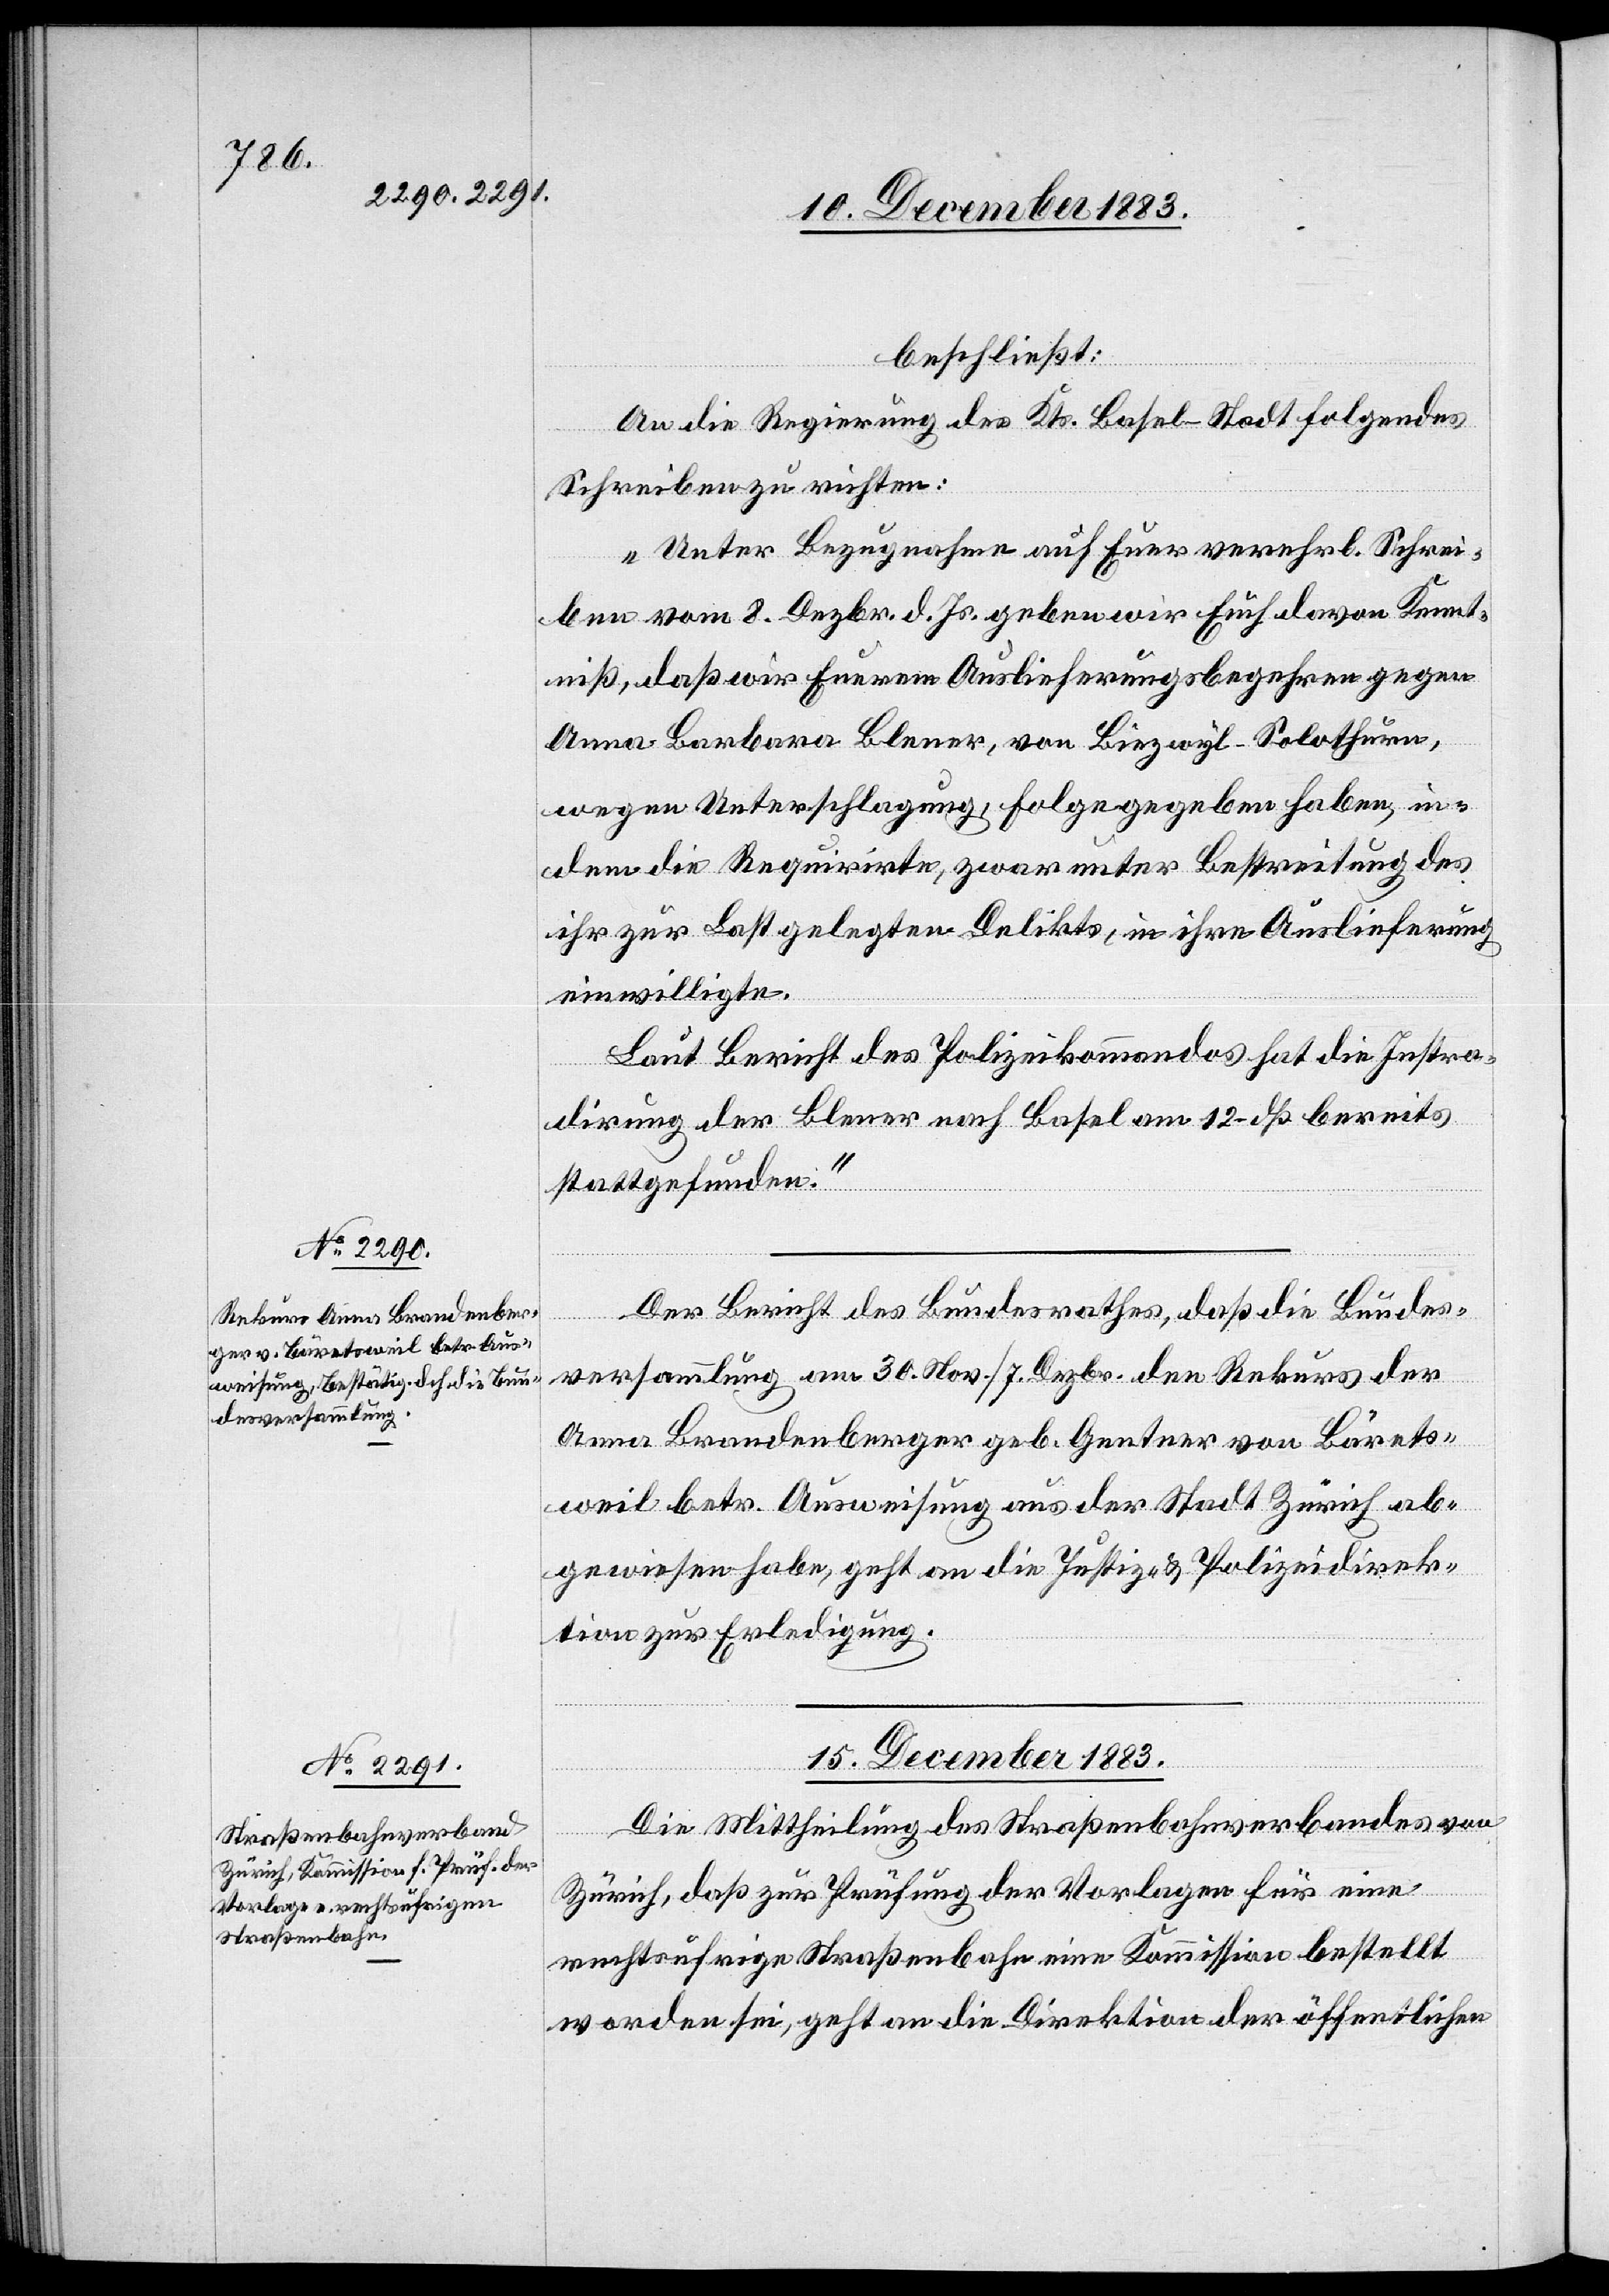
beschließt:
An die Regierung des Kts. Basel-Stadt folgendes
Schreiben zu richten:
„Unter Bezugnahme auf Euer verehrl. Schrei¬
ben vom 8. Dezbr. d. Js. geben wir Euch davon Kennt¬
niß, daß wir Euerem Auslieferungsbegehren gegen
Anna Barbara Blener, von Biezwyl - Solothurn,
wegen Unterschlagung, Folge gegeben haben, in¬
dem die Requirirte, zwar unter Bestreitung des
ihr zur Last gelegten Delikts, in ihre Auslieferung
einwilligte.
Laut Bericht des Polizeikommandos hat die Instra¬
dirung der Blener nach Basel am 12. dß bereits
stattgefunden.“
Der Bericht des Bundesrathes, daß die Bundes¬
versammlung am 30. Nov./7. Dezbr. den Rekurs der
Anna Brandenberger geb. Gentner von Bärets¬
weil betr. Ausweisung aus der Stadt Zürich ab¬
gewiesen habe, geht an die Justiz- & Polizeidirek¬
tion zur Erledigung.
15. December 1883.
Die Mittheilung des Straßenbahnverbandes von
Zürich, daß zur Prüfung der Vorlagen für eine
rechtsufrige Straßenbahn eine Kommission bestellt
worden sei, geht an die Direktion der öffentlichen